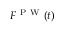
F ^ { \mathrm { ~ P ~ W ~ } } ( t )